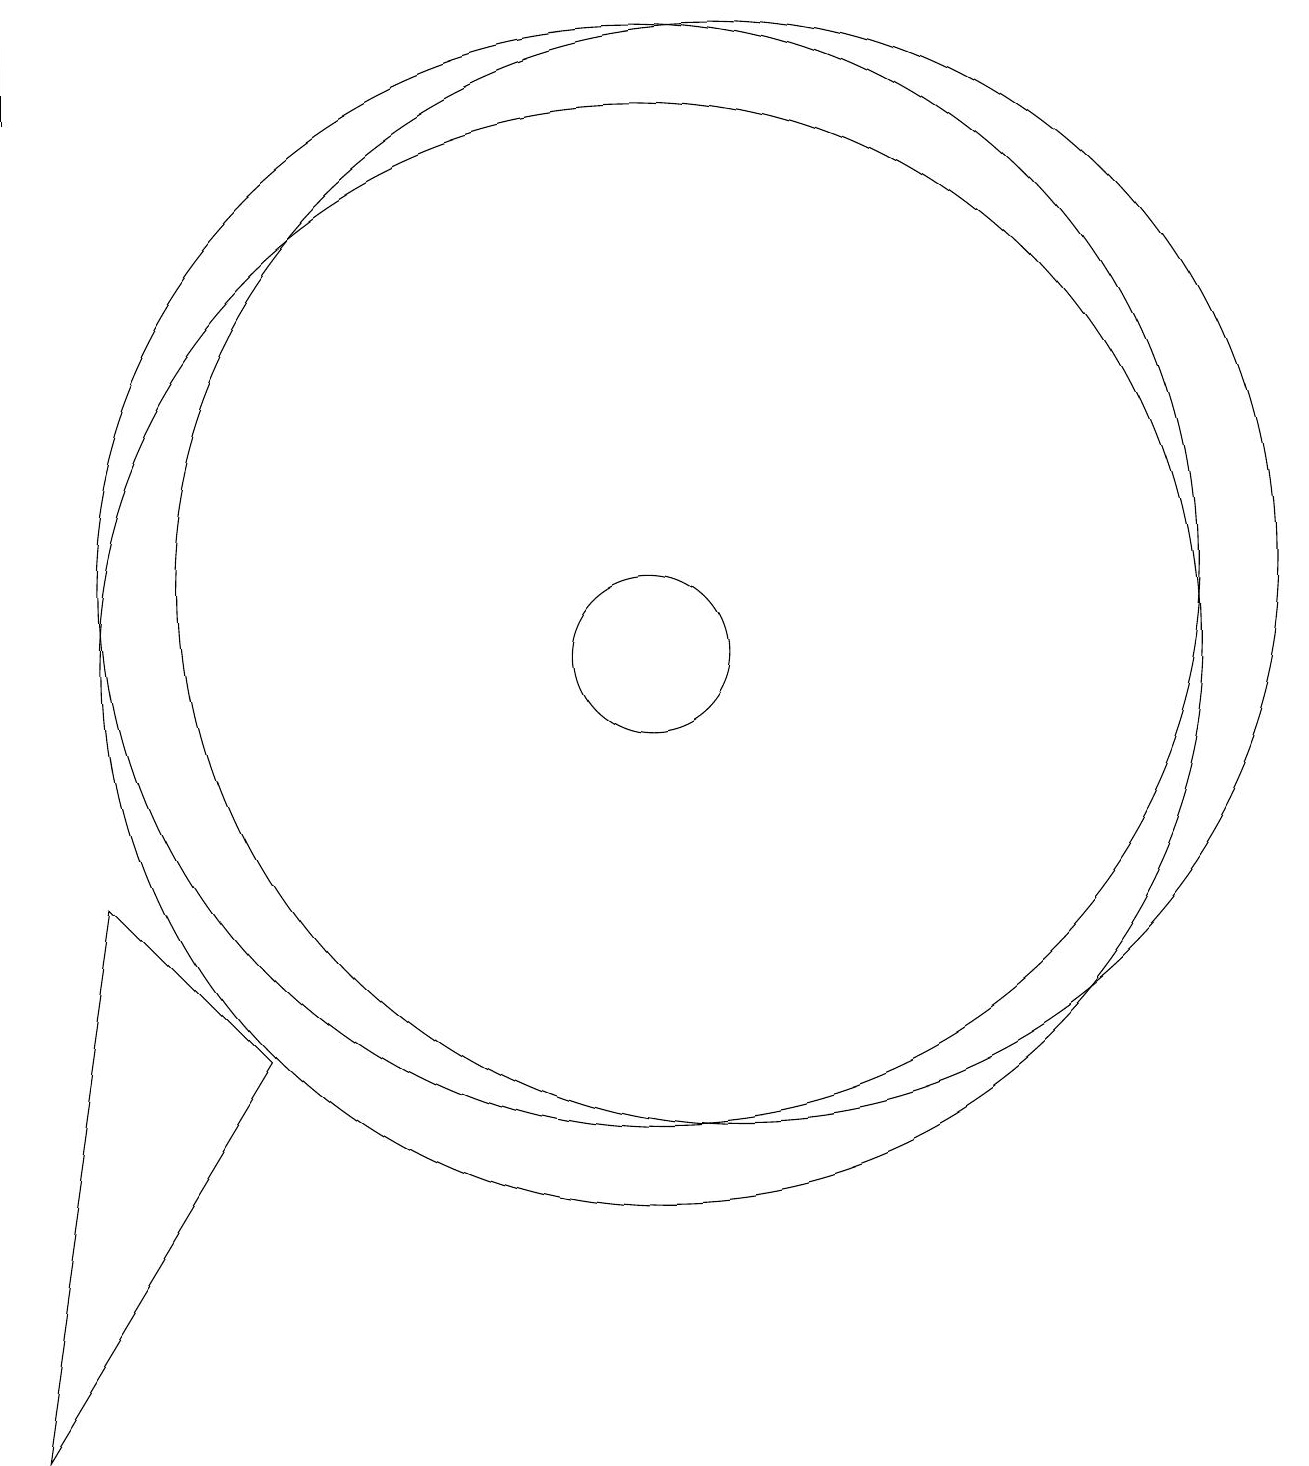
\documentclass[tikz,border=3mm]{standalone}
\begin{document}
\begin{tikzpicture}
\draw (6,6) -- (4,8) -- (3,1) -- cycle;
\draw (11,11) circle (7);
\draw (3,18) rectangle (3,19);
\draw (11,11) circle (1);
\draw (11,12) circle (7);
\draw (12,12) circle (7);
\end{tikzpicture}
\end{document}